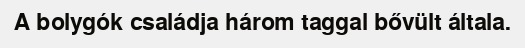
A bolygók családja három taggal bővült általa.